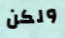
ولكن